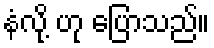
နံလို့ ဟု ပြောသည်။